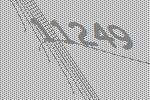
11249